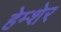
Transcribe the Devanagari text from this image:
हेम्शेर